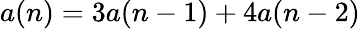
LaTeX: a(n)=3a(n-1)+4a(n-2)